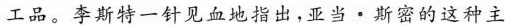
工品。李斯特一针见血地指出，亚当·斯密的这种主